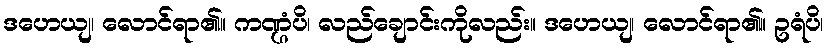
ဒဟေယျ၊ လောင်ရာ၏။ ကဏ္ဌံပိ၊ လည်ချောင်းကိုလည်း။ ဒဟေယျ၊ လောင်ရာ၏။ ဥရံပိ၊